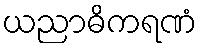
ယညာဓိကရဏံ